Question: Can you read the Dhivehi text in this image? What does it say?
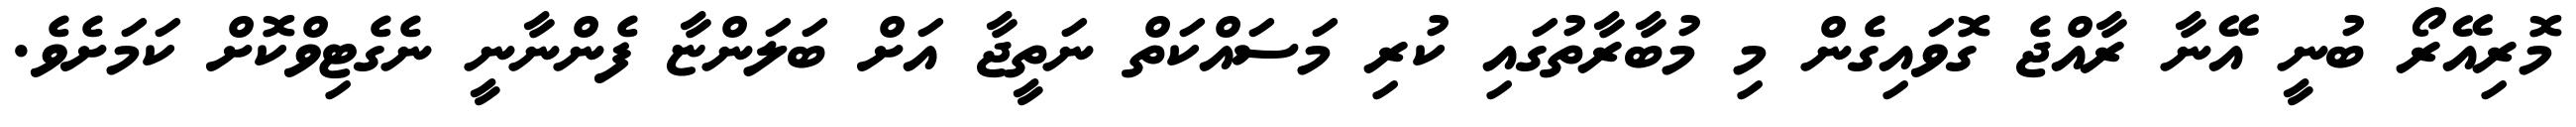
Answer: މޮރިއޭރޯ ބުނީ އޭނާ ރާއްޖެ ގޮވައިގެން މި މުބާރާތުގައި ކުރި މަސައްކަތް ނަތީޖާ އަށް ބަލަންޏާ ފެންނާނީ ނެގެޓިވްކޮށް ކަމަށެވެ.